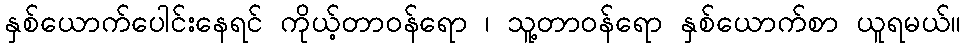
နှစ်ယောက်ပေါင်းနေရင် ကိုယ့်တာဝန်ရော ၊ သူ့တာဝန်ရော နှစ်ယောက်စာ ယူရမယ်။